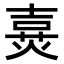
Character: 𤋔